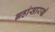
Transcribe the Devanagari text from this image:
ग्रहांसारखे